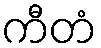
ကီတံ